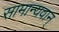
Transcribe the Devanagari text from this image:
सामान्यवान्